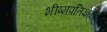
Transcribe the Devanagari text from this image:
भीष्मप्रतिज्ञेने